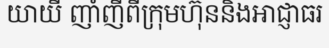
យាយី ញាំញីពីក្រុមហ៊ុននិងអាជ្ញាធរ